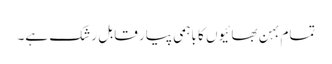
تمام بہن بھائیوں کا باہمی پیار قابلِ رشک ہے۔